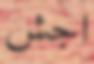
اجش